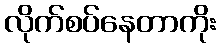
လိုက်စပ်နေတာကိုး